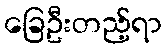
ခြေဦးတည့်ရာ